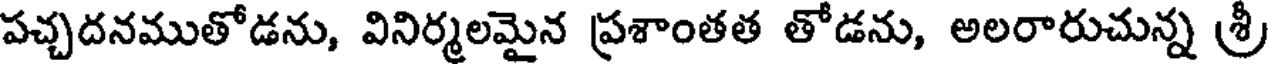
పచ్చదనముతోడను, వినిర్మలమైన ప్రశాంతత తోడను, అలరారుచున్న శ్రీ